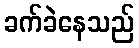
ခက်ခဲနေသည်